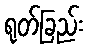
ရုတ်ခြည်း